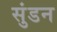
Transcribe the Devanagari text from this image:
सुंडन